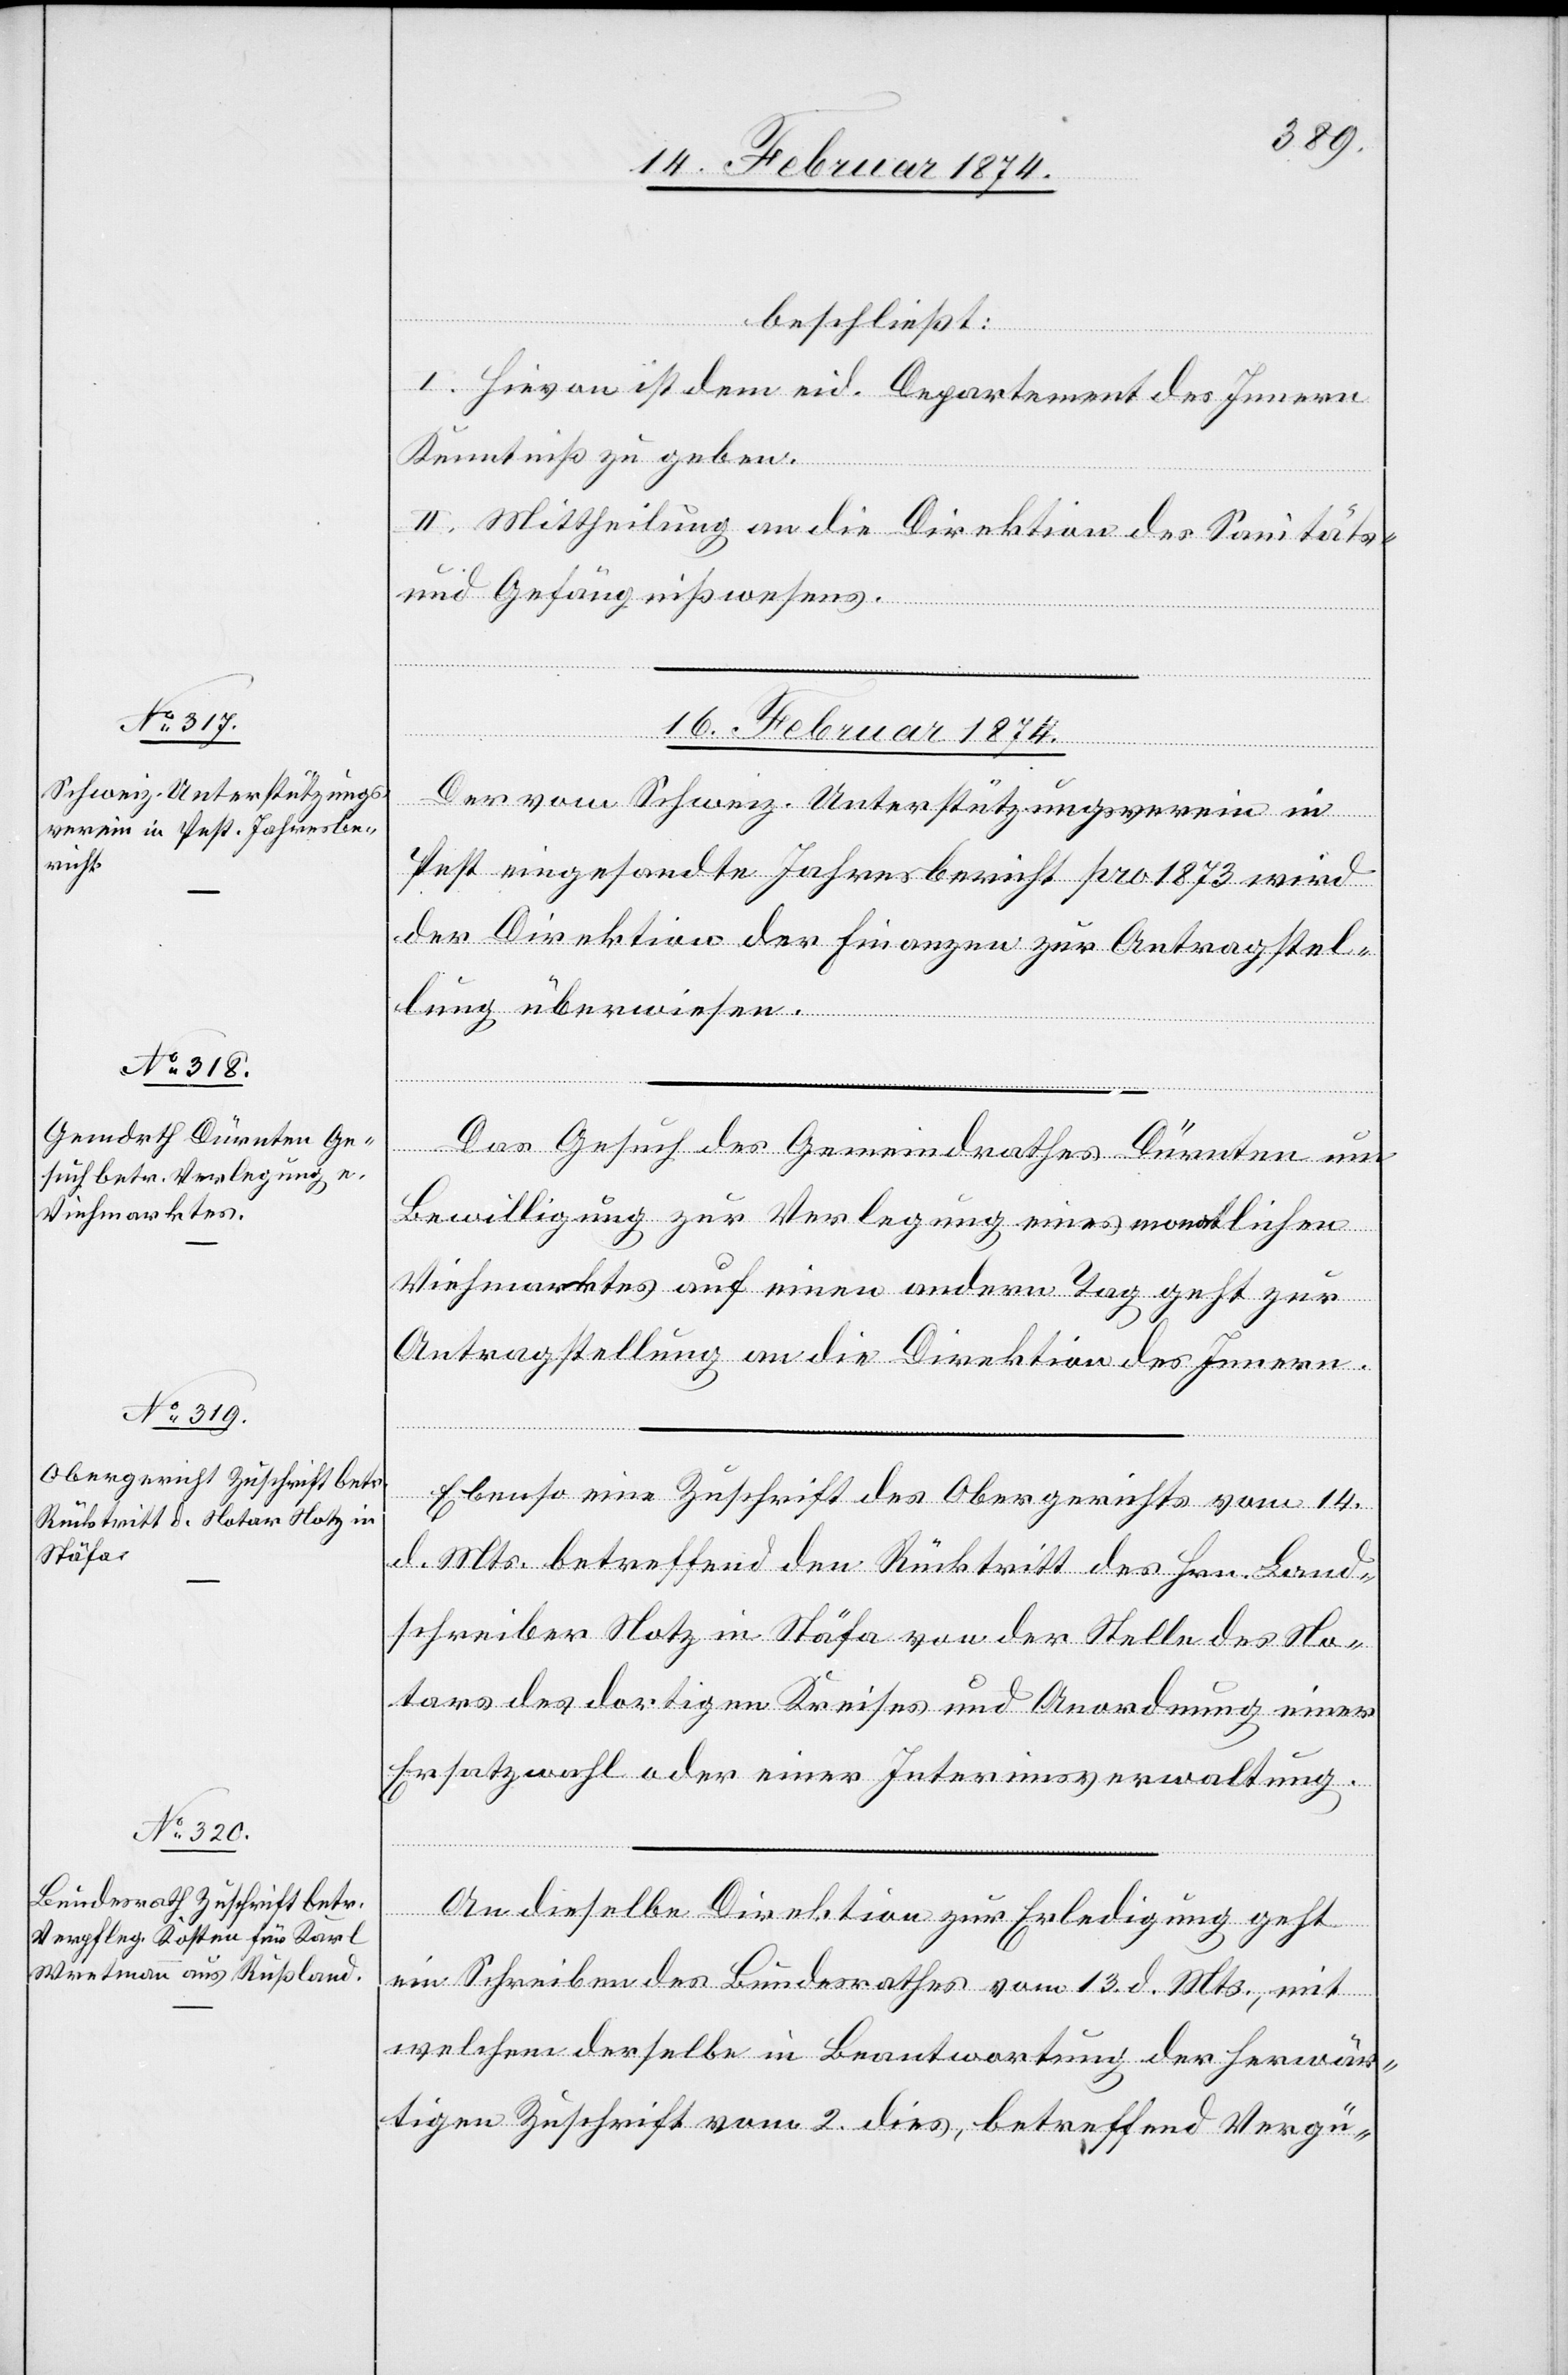
beschließt:
I. Hievon ist dem eid. Departement des Innern
Kenntniß zu geben.
II. Mittheilung an die Direktion des Sanitäts-
und Gefängnißwesens.
16. Februar 1874.]
Der vom schweiz. Unterstützungsverein in
Pest eingesandte Jahresbericht pro 1873 wird
der Direktion der Finanzen zur Antragstel¬
lung überweisen.
Das Gesuch des Gemeindrathes Dürnten um
Bewilligung zur Verlegung eines monatlichen
Viehmarktes auf einen andern Tag geht zur
Antragstellung an die Direktion des Innern.
Ebenso eine Zuschrift des Obergerichts vom 14.
d. Mts. betreffend den Rücktritt des Hrn. Land¬
schreiber Notz in Stäfa von der Stelle des No¬
tars des dortigen Kreises und Anordnung einer
Ersatzwahl oder einer Interimsverwaltung.
von
An dieselbe Direktion zur Erledigung geht
ein Schreiben des Bundesrathes vom 13. d. Mts., mit
welchem derselbe in Beantwortung der herwär¬
tigen Zuschrift vom 2. dies, betreffend Vergü-